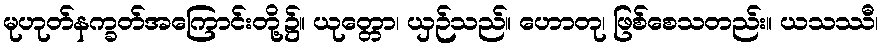
မုဟုတ်နက္ခတ်အကြောင်းတို့၌။ ယုတ္တော၊ ယှဉ်သည်။ ဟောတု၊ ဖြစ်စေသတည်း။ ယသဿီ၊